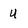
Character: U